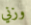
وزني